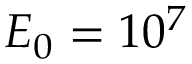
{ \cal E } _ { 0 } = 1 0 ^ { 7 }